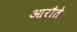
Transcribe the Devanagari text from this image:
आरौते